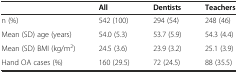
<table><thead><tr><td></td><td><b>All</b></td><td><b>Dentists</b></td><td><b>Teachers</b></td></tr></thead><tbody><tr><td>n (%)</td><td>542 (100)</td><td>294 (54)</td><td>248 (46)</td></tr><tr><td>Mean (SD) age (years)</td><td>54.0 (5.3)</td><td>53.7 (5.9)</td><td>54.3 (4.4)</td></tr><tr><td>Mean (SD) BMI (kg/m<sup>2</sup>)</td><td>24.5 (3.6)</td><td>23.9 (3.2)</td><td>25.1 (3.9)</td></tr><tr><td>Hand OA cases (%)</td><td>160 (29.5)</td><td>72 (24.5)</td><td>88 (35.5)</td></tr></tbody></table>